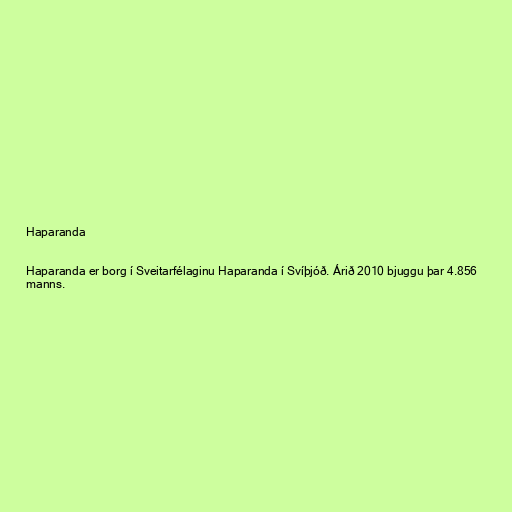
Haparanda

Haparanda er borg í Sveitarfélaginu Haparanda í Svíþjóð. Árið 2010 bjuggu þar 4.856
manns.